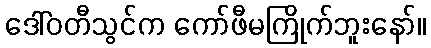
ဒေါ်ဝတီသွင်က ကော်ဖီမကြိုက်ဘူးနော်။